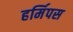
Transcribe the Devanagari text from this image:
हर्मिपस